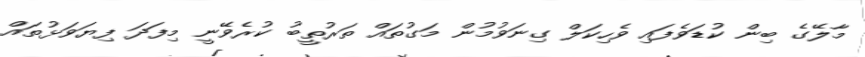
މާލޭގެ ބިން ކުޑަވެފައި ވެހިކަލް ގިނަވުމުން މަގުތައް ތަރުތީބު ކުރެވޭނީ މިފަދަ ފިޔަވަޅުތައް